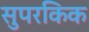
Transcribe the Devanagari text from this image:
सुपरकिक